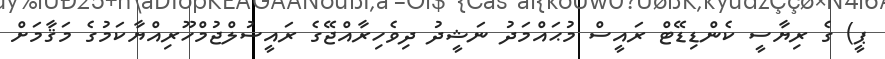
ޕީ) ގެ ރިޔާސީ ކެންޑިޑޭޓް ރައީސް މުޙައްމަދު ނަޝީދު ދިވެހިރާއްޖޭގެ ރައީސުލްޖުމްހޫރިއްޔާކަމުގެ މަޤާމަށް